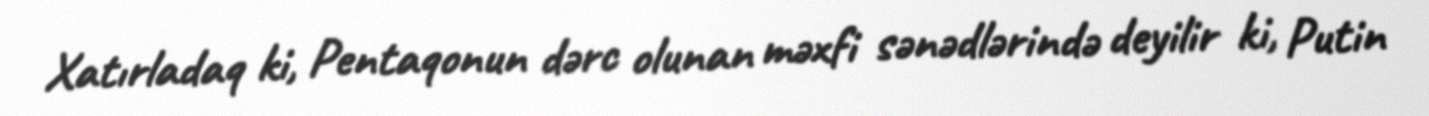
Xatırladaq ki, Pentaqonun dərc olunan məxfi sənədlərində deyilir ki, Putin